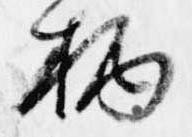
柄